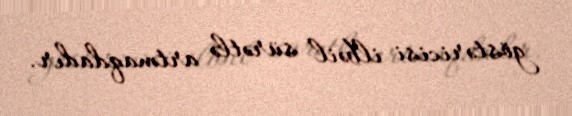
göstəricisi ilbəil sürətlə artmaqdadır.